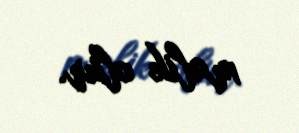
malik olur.